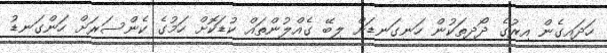
ހަދައިގެން އިރުގެ ދޯދިތަކުން ހަނގަނޑަށް ލިބޭ ގެއްލުންތައް ކުޑަކޮށް ހަމުގެ ކެންސަރަށް ހަންގަނޑު